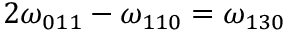
2 \omega _ { 0 1 1 } - \omega _ { 1 1 0 } = \omega _ { 1 3 0 }